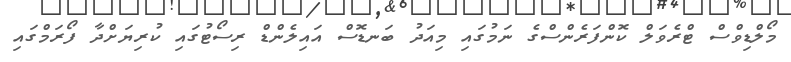
މޯލްޑިވްސް ޓްރެވަލް ކޮންފަރެންސްގެ ނަމުގައި މިއަދު ބަނޑޮސް އައިލެންޑް ރިސޯޓުގައި ކުރިޔަށްދާ ފޯރަމްގައި